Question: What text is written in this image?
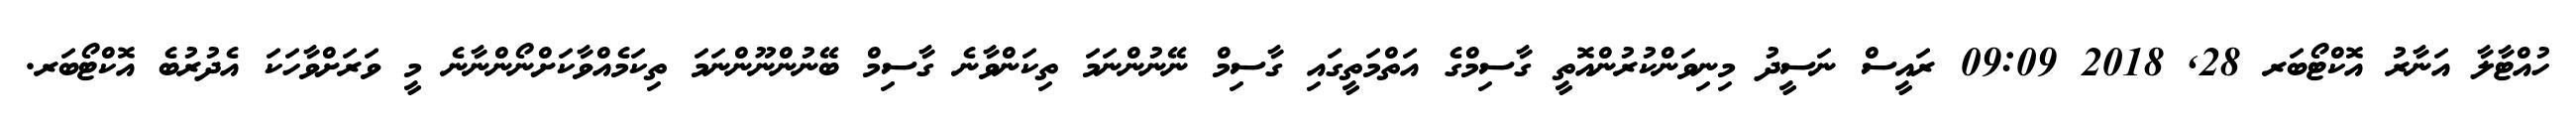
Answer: ހުއްޓާލާ އަނާރު އޮކްޓޯބަރ 28, 2018 09:09 ރައީސް ނަސީދު މިނިވަންކުރުންއޮތީ ގާސިމްގެ އަތްމަތީގައި ގާސިމް ނޭނުންނަމަ ތިކަންވާނެ ގާސިމް ބޭނުންނޫންނަމަ ތިކަމެއްވާކަށްނޯންނާނެ މީ ވަރަށްވާހަކަ އެދުރުބެ އޮކްޓޯބަރ.